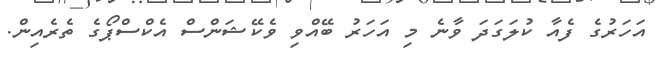
އަހަރުގެ ފެއާ ކުލަގަދަ ވާނެ މި އަހަރު ބޭއްވި ވެކޭޝަންސް އެކްސްޕޯގެ ތެރެއިން.